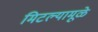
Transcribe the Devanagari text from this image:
मिटल्यामूळे